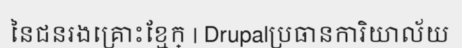
នៃជនរងគ្រោះខ្មែក្ | Drupalប្រធានការិយាល័យ